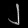
Digit: ၂